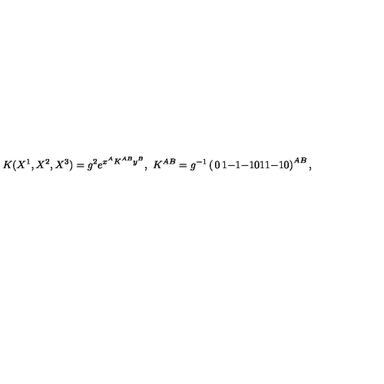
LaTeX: K ( X ^ { 1 } , X ^ { 2 } , X ^ { 3 } ) = g ^ { 2 } e ^ { x ^ { A } K ^ { A B } y ^ { B } } , \ K ^ { A B } = g ^ { - 1 } \left( \begin{matrix} { 0 } & { 1 } & { - 1 } \\ { - 1 } & { 0 } & { 1 } \\ { 1 } & { - 1 } & { 0 } \\ \end{matrix} \right) ^ { A B } ,